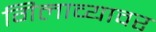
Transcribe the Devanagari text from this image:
गिलाव्यावर